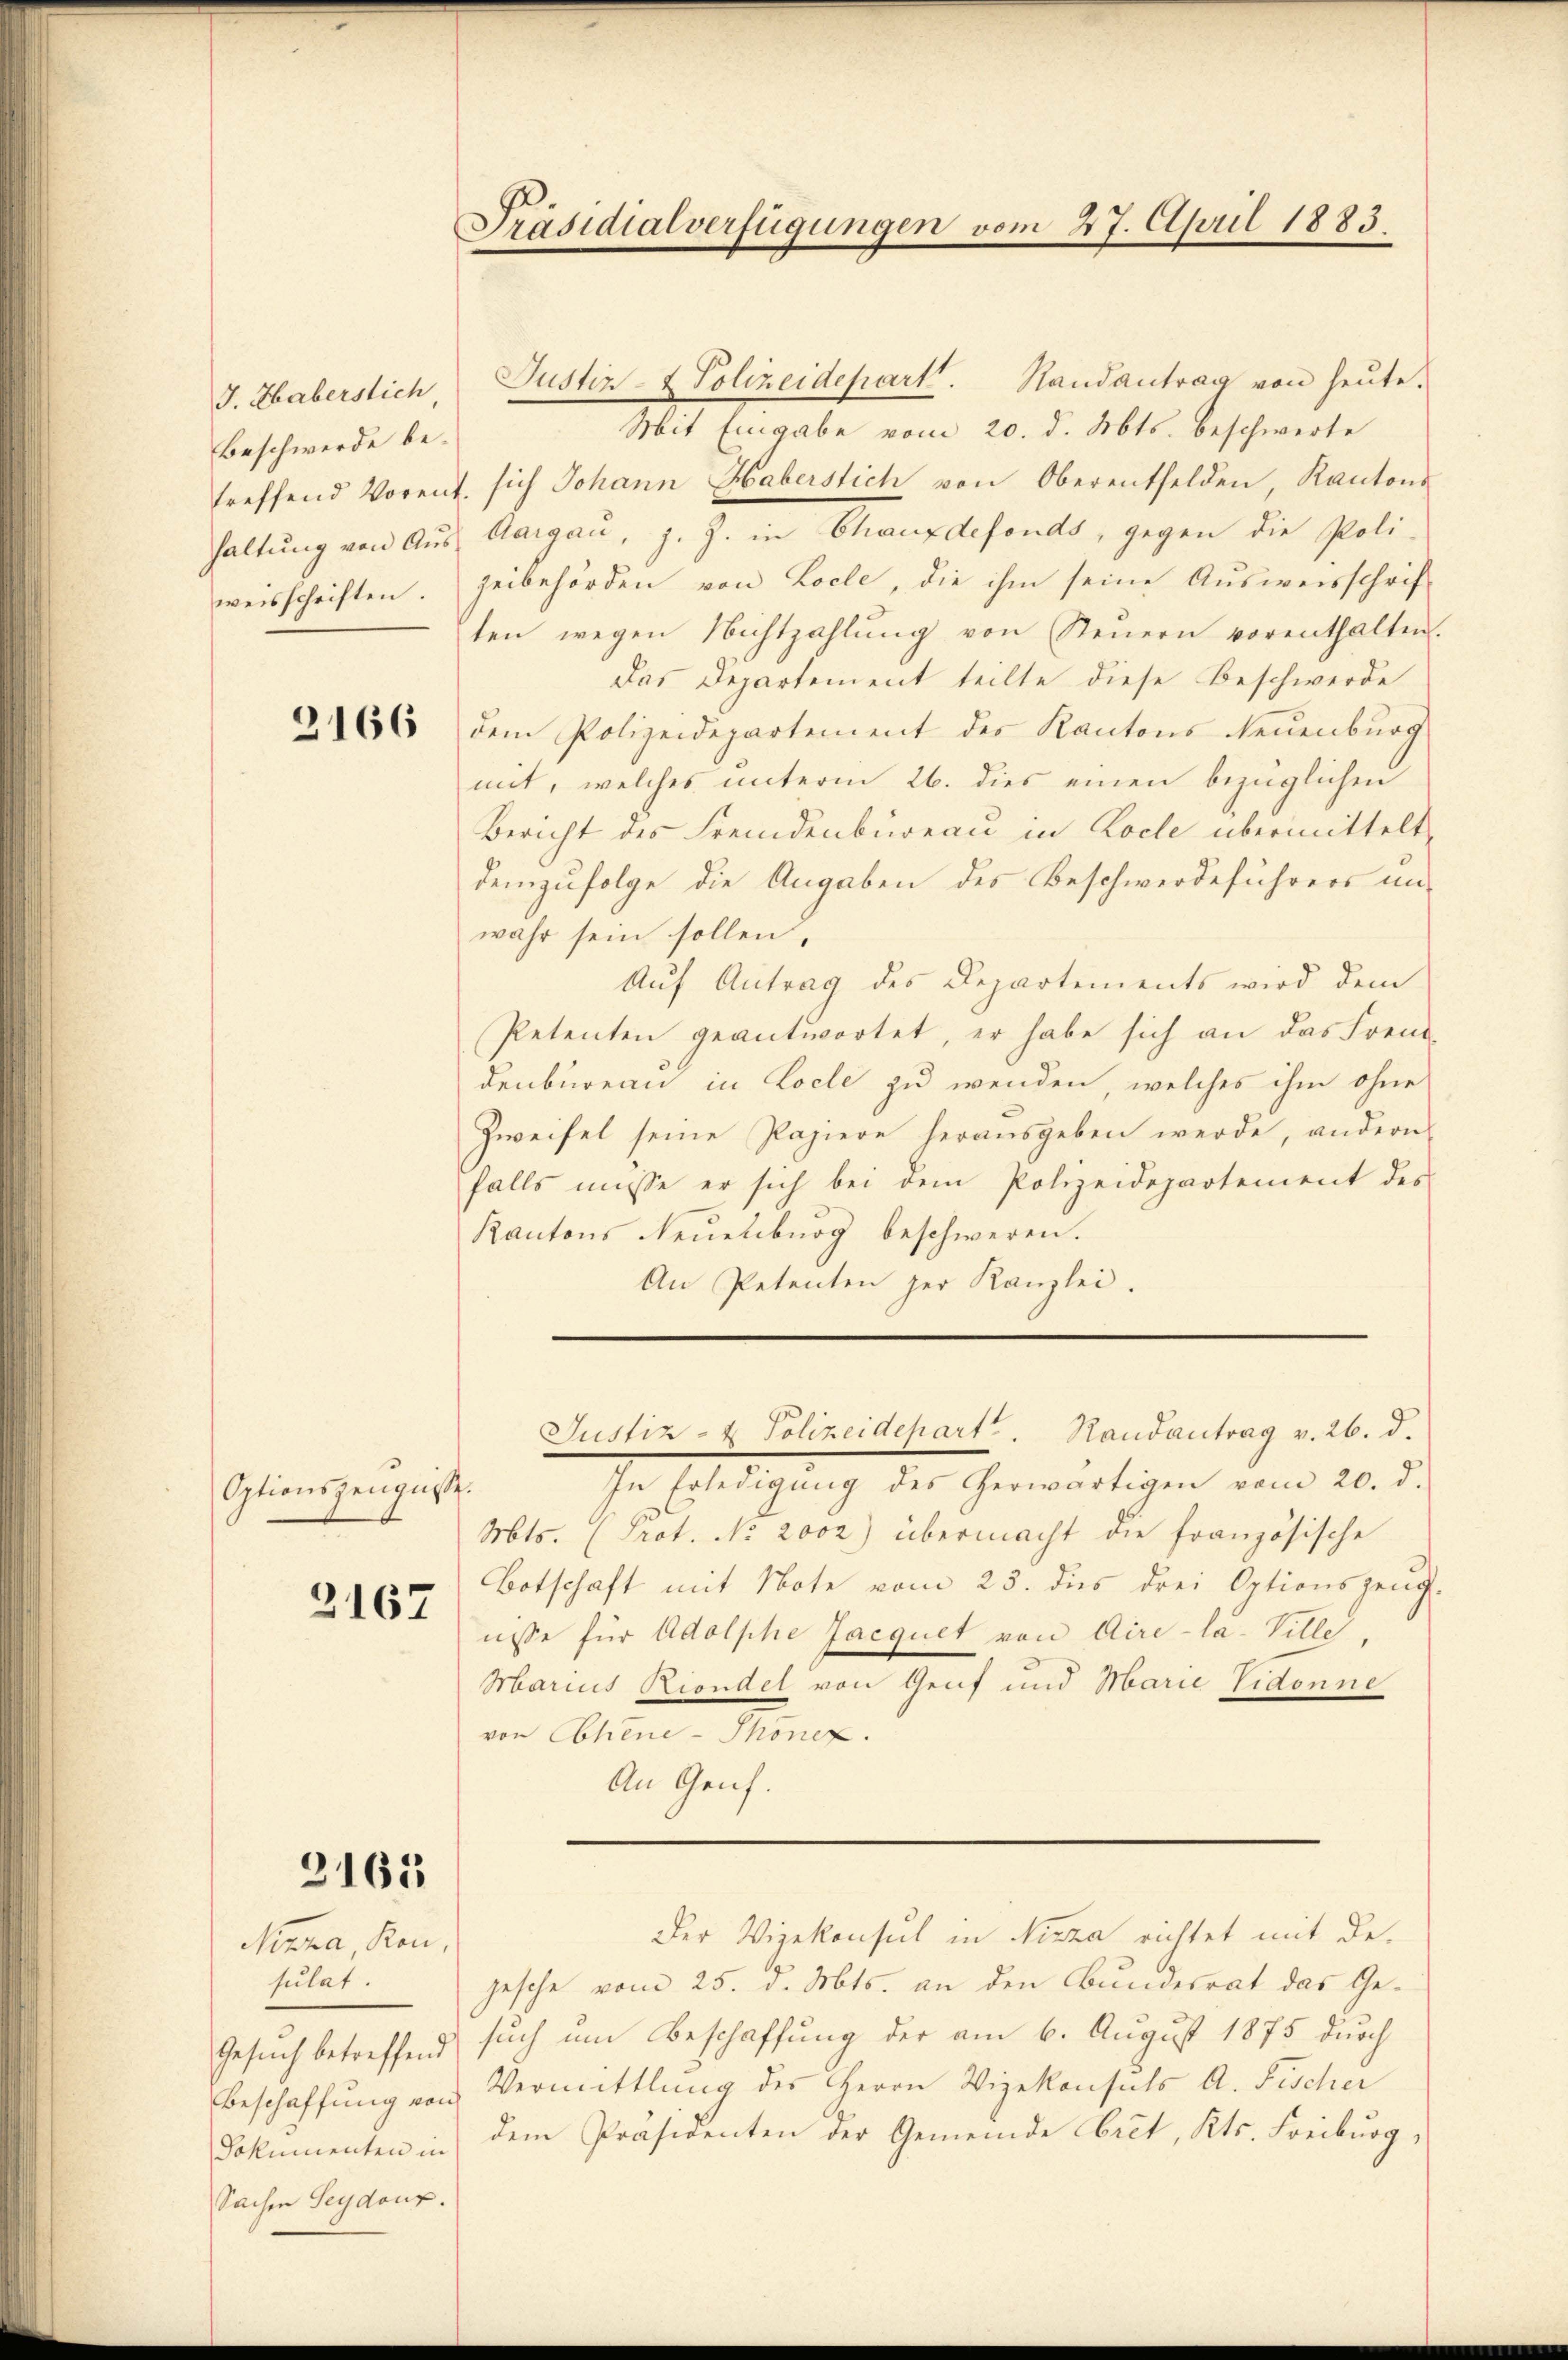
J. Haberstich
Beschwerde betreffend Vorent
haltung von Ausweisschriften.

2166

Optionszeugnisse.

2167

3163

Nizza, Kon
sulat.
Gesuch betreffend
Beschaffung von
Sachen Seydour.

Präsidialverfügungen vom 27. April 1883.

Justiz- & Polizeidepart. Randantrag von heute.
Mit Eingabe vom 20. d. Mts. beschwerte
sich Johann Haberstich von Oberentfelden, Kantons
Aargau, z. Z. in Chauxdefonds, gegen die Poli-
zeibehörden von Locle, die ihm seine Ausweisschrif
ten wegen Nichtzahlŭng von Steŭern vorenthalten.
Das Departement teilte diese Beschwerde
dem Polizeidepartement des Kantons Neuenburg
mit, welches unterm 26. dies einen bezüglichen
Bericht des Fremdenbureau in Koche übermittelt
demzufolge die Angaben des Beschwerdeführers unwahr sein sollen,
Auf Antrag des Departements wird dem
Petenten geantwortet, er habe sich an das Freuddenbureau in Loele zu wenden, welches ihm ohne
Zweifel seine Papiere herausgeben werde, andern
falls müsse er sich bei dem Polizeidepartement des
Kantons Neuenburg beschweren.
An Petenten zur Kanzlei.
Justiz- & Polizeidehart. Randantrag v. 26. d.
In Erledigŭng des herwärtigen vom 20. d.
Mts. (Prot. No. 2002) übermacht die französische
Botschaft mit Note vom 23. dies drei Optionszeŭg.
nisse für Adolphe Jacquet von Aire-la-Ville.
Marius Riondel von Genf und Marie Eidonne
von Ebhene - Thonex.
An Genf.

Der Vizekonsul in Nizza richtet mit de

gesche vom 25. d. Mts. an den Bundesrat das Gesuch um Beschaffung der am 6. August 1875 durch
Vermittlung des Herrn Vizekonsuls A. Fischer
Dokumenten in dem Präsidenten der Gemeinde biet, Kts. Freiburg,